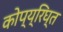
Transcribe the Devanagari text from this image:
कोप्य्रिघ्त